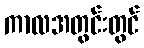
ကာလအတွင်းတွင်